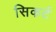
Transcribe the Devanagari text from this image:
सिकर्ट